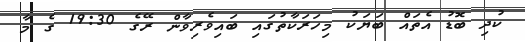
ކުދި ބޮޑު އެތައް ބަޔަކު މިހަރަކާތުގައި ބައިވެރިވާން ރޭގެ 19:30 ގެ މާ